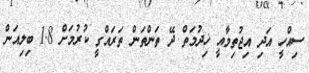
ސިއްހީ އަދި އިޖުތިމާއީ ޚިދުމަތް ދޭ ތަންތަން ތަރައްގީ ކުރުމަށް 1.8 ބިލިއަން